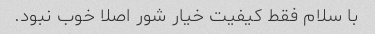
با سلام فقط کیفیت خیار شور اصلا خوب نبود.